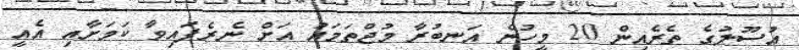
އުސޫލުގެ ތެރެއިން 20 މީހުން އަނބުރާ މުޖްތަމައު އަށް ނެރެފައިވާ ކަމަށާއި އެއީ